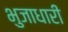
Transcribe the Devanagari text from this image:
भुजाधारी